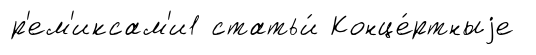
р'ем'иксам'и1 статьи́ Конце́ртныjе